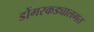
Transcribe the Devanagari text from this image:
डोंगरकड्यालगत